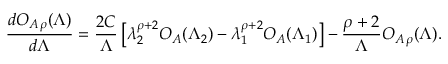
\frac { d { \cal O } _ { A \, \rho } ( \Lambda ) } { d \Lambda } = \frac { 2 C } { \Lambda } \left[ \lambda _ { 2 } ^ { \rho + 2 } { \cal O } _ { A } ( \Lambda _ { 2 } ) - \lambda _ { 1 } ^ { \rho + 2 } { \cal O } _ { A } ( \Lambda _ { 1 } ) \right] - \frac { \rho + 2 } { \Lambda } { \cal O } _ { A \, \rho } ( \Lambda ) .